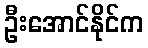
ဦးအောင်နိုင်က